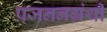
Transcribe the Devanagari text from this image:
प्रजननग्रंथी